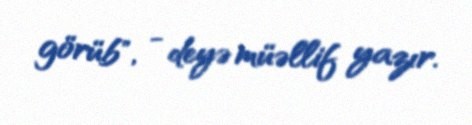
görüb", - deyə müəllif yazır.